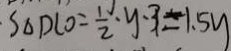
\cdot S _ { \Delta } D C O = \frac { 1 } { 2 } \cdot y \cdot 3 = 1 . 5 y